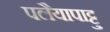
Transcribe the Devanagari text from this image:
पलैयापाट्टु